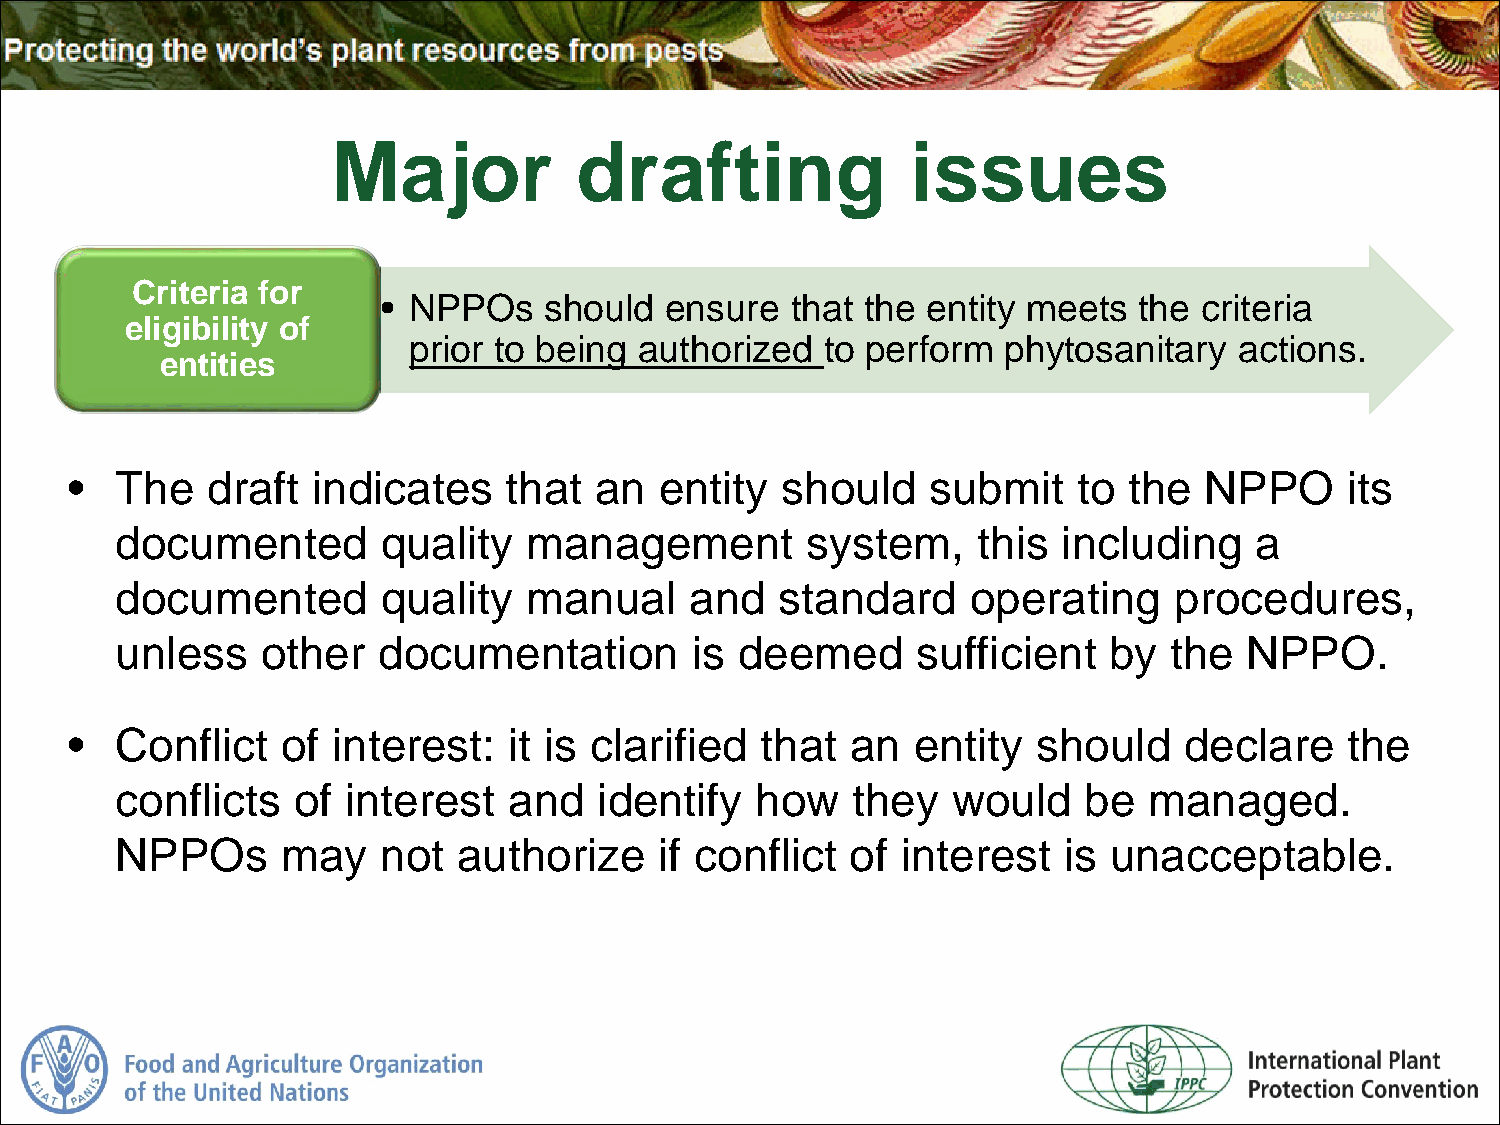
Major           drafting              issues
 Criteria for
 • NPPOs    should  ensure  that the entity meets  the  criteria
 eligibility of
 prior to being authorized   to perform  phytosanitary  actions.
 entities
 •  The   draft  indicates   that  an   entity  should   submit    to  the  NPPO     its
 documented       quality   management        system,     this including    a
 documented       quality   manual     and   standard    operating     procedures,
 unless   other   documentation        is deemed      sufficient  by  the   NPPO.
 •  Conflict   of interest:   it is clarified that  an  entity   should   declare    the
 conflicts  of  interest   and   identify  how   they   would    be  managed.
 NPPOs      may   not  authorize     if conflict of  interest  is unacceptable.